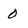
Character: 0